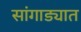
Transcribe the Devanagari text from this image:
सांगाड्यात